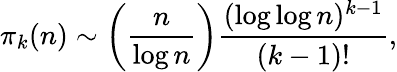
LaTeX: \pi_{k}(n)\sim\left({\frac{n}{\log n}}\right){\frac{(\log\log n)^{k-1}}{(k-1)!}},